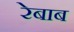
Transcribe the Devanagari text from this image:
रेबाब